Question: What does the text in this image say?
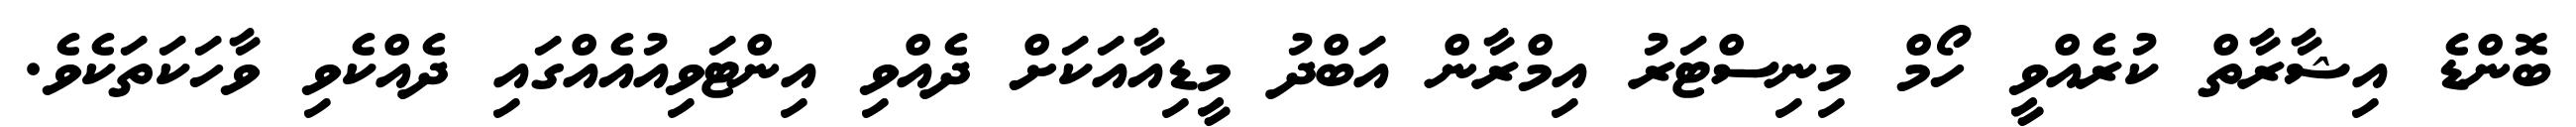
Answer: ބޮންޑެ އިޝާރާތް ކުރެއްވީ ހޯމް މިނިސްޓަރު އިމްރާން އަބްދު މީޑިއާއަކަށް ދެއްވި އިންޓަވިއުއެއްގައި ދެއްކެވި ވާހަކަތަކެވެ.